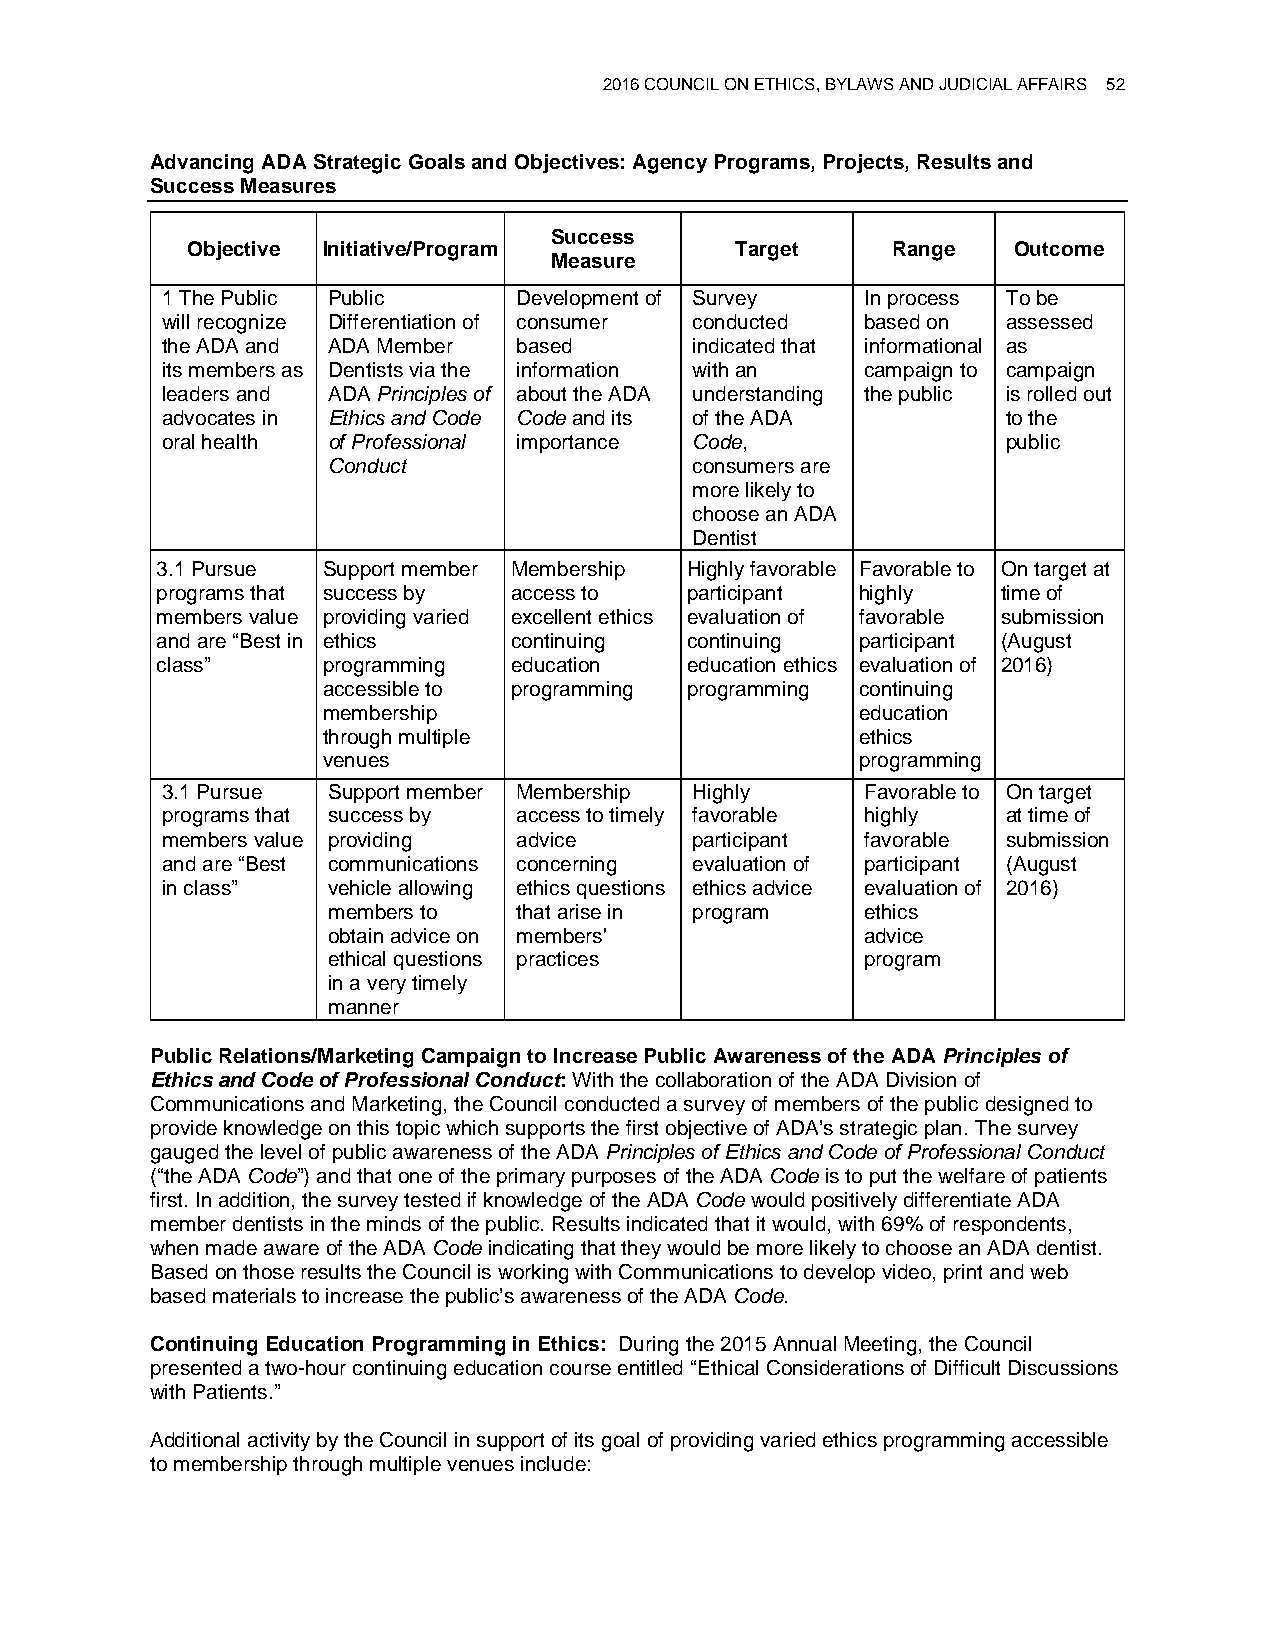
2016 COUNCIL ON ETHICS, BYLAWS AND JUDICIAL AFFAIRS 52
 Advancing ADA Strategic Goals and Objectives: Agency Programs, Projects, Results and
 Success Measures
 Success
 Objective Initiative/Program         Target    Range   Outcome
 Measure
 1 The Public Public    Development of Survey  In process To be
 will recognize Differentiation of consumer conducted based on assessed
 the ADA and ADA Member based       indicated that informational as
 its members as Dentists via the information with an campaign to campaign
 leaders and ADA Principles of about the ADA understanding the public is rolled out
 advocates in Ethics and Code Code and its of the ADA    to the
 oral health of Professional importance Code,            public
 Conduct                 consumers are
 more likely to
 choose an ADA
 Dentist
 3.1 Pursue Support member Membership Highly favorable Favorable to On target at
 programs that success by access to participant highly   time of
 members value providing varied excellent ethics evaluation of favorable submission
 and are “Best in ethics continuing continuing  participant (August
 class”     programming  education  education ethics evaluation of 2016)
 accessible to programming programming continuing
 membership                          education
 through multiple                    ethics
 venues                              programming
 3.1 Pursue Support member Membership Highly   Favorable to On target
 programs that success by access to timely favorable highly at time of
 members value providing advice     participant favorable submission
 and are “Best communications concerning evaluation of participant (August
 in class”  vehicle allowing ethics questions ethics advice evaluation of 2016)
 members to  that arise in program  ethics
 obtain advice on members'          advice
 ethical questions practices        program
 in a very timely
 manner
 Public Relations/Marketing Campaign to Increase Public Awareness of the ADA Principles of
 Ethics and Code of Professional Conduct: With the collaboration of the ADA Division of
 Communications and Marketing, the Council conducted a survey of members of the public designed to
 provide knowledge on this topic which supports the first objective of ADA’s strategic plan. The survey
 gauged the level of public awareness of the ADA Principles of Ethics and Code of Professional Conduct
 (“the ADA Code”) and that one of the primary purposes of the ADA Code is to put the welfare of patients
 first. In addition, the survey tested if knowledge of the ADA Code would positively differentiate ADA
 member dentists in the minds of the public. Results indicated that it would, with 69% of respondents,
 when made aware of the ADA Code indicating that they would be more likely to choose an ADA dentist.
 Based on those results the Council is working with Communications to develop video, print and web
 based materials to increase the public’s awareness of the ADA Code.
 Continuing Education Programming in Ethics: During the 2015 Annual Meeting, the Council
 presented a two-hour continuing education course entitled “Ethical Considerations of Difficult Discussions
 with Patients.”
 Additional activity by the Council in support of its goal of providing varied ethics programming accessible
 to membership through multiple venues include: